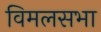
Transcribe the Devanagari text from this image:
विमलसभा